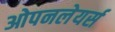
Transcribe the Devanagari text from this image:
ओपनलेयर्स